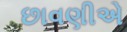
છાવણીએ